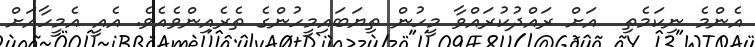
އެންމެ ނިކަމެތި  އަށް ރައްދުކުރައްވާ މީހުން ތިޔަބައިމީހުންގެ ތެރެއިންވެއެވެ. އެއީ އެމީހާއަށް